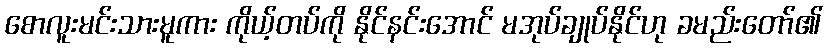
စောလူးမင်းသားမူကား ကိုယ့်တပ်ကို နိုင်နင်းအောင် မအုပ်ချုပ်နိုင်ဟု ခမည်းတော်၏